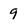
Character: 9